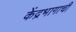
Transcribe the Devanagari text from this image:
केंद्रभागाची